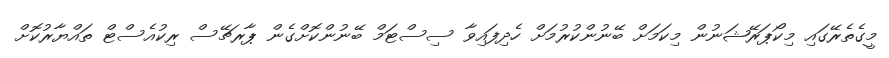
މީގެތެރޭގައި މިކޯޕަރޭޝަނުން މިކަމަށް ބޭނުންކުރުމަށް ހެދިފައިވާ ސިސްޓަމް ބޭނުންކޮށްގެން ޕާރޗޭސް ރިކުއެސްޓް ތައްޔާރުކޮށް